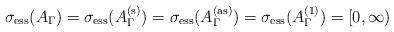
LaTeX: \begin{align*} \sigma_{\mathrm{ess}}(A_\Gamma) = \sigma_{\mathrm{ess}}(A_\Gamma^{(\mathrm{s})}) = \sigma_{\mathrm{ess}}(A_\Gamma^{(\mathrm{as})}) = \sigma_{\mathrm{ess}}(A_\Gamma^{(1)}) = [ 0, \infty) \end{align*}